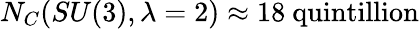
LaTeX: N_{C}(SU(3),\lambda=2)\approx 18\ \textrm{quintillion}